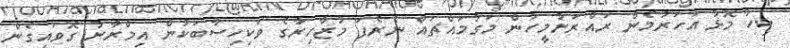
ކިހާ މޮޅު އަހަރުމެން ރައްރަށުމީހުން މަގުމައްޗައް ނެރެފަ މުޒާހިރާގެ ވަކިހިސާބަކުން އިމްރާނު ގޮވައިގެން